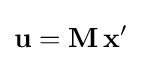
\mathbf {u} =\mathbf {M} \,\mathbf {x} '